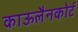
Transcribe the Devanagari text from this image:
काऊलैनकोर्ट